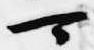
可